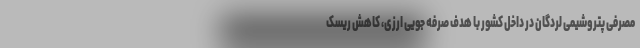
مصرفی پتروشیمی لردگان در داخل کشور با هدف صرفه جویی ارزی، کاهش ریسک